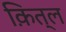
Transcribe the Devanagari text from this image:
क़ित्ल